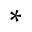
^ *